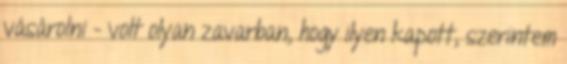
vásárolni - volt olyan zavarban, hogy ilyen kapott, szerintem